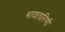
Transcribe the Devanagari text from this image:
भावतारिणी